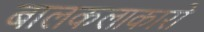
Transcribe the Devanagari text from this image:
बालकलाकारो